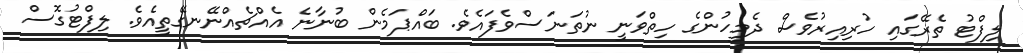
ލިފްޓު ތެރޭގައި ހުރިއިރުވެސް ދެމީހުންގެ ހިތްވަނީ ނުތަނަސްވެފައެވެ. ބައްޕަމެން ބުނާނެ އެއްޗެއްނޭނގޭތީއެވެ. ލިފްޓުގޮސް